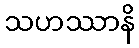
သဟဿာနိ